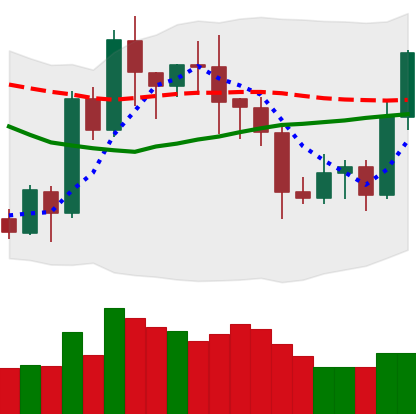
Ticker: LTC-USD
Chart end date: 2020-07-22
Forward return: 17.834%
Label: up_7plus